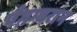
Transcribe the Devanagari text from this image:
पैग़म्बरान